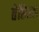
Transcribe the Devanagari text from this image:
तेह्सिल